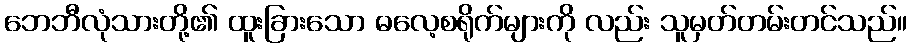
ဘေဘီလုံသားတို့၏ ထူးခြားသော ဓလေ့စရိုက်များကို လည်း သူမှတ်တမ်းတင်သည်။